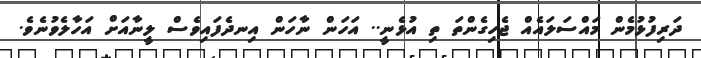
ދަރިފުޅުމެން މައްސަލައެއް ޖެހިގެންތަ ތި އުޅެނީ.. އަހަން ނާހަން އިނދެފައިވެސް ލީނާއަށް އަހާލެވުނެވެ.